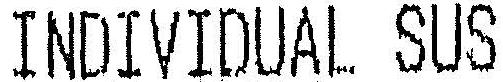
INDIVIDUAL SUS